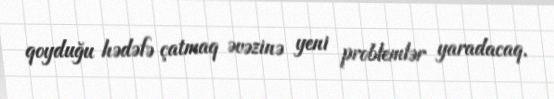
qoyduğu hədəfə çatmaq əvəzinə yeni problemlər yaradacaq.